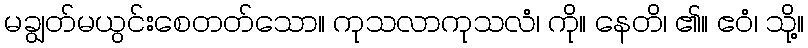
မချွတ်မယွင်းစေတတ်သော။ ကုသလာကုသလံ၊ ကို။ နေတိ၊ ၏။ ဧဝံ၊ သို့။